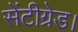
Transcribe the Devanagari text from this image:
सेंटीग्रेड।